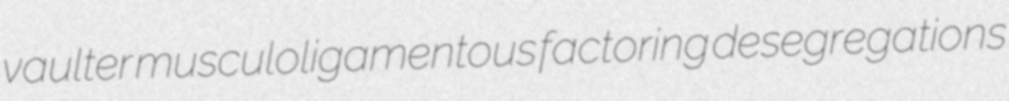
vaulter musculoligamentous factoring desegregations